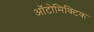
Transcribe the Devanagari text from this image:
ऑटोमिक्टिक